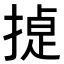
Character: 𭡸